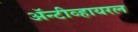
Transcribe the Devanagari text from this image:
अॅन्टीव्हायरल